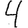
Digit: 4